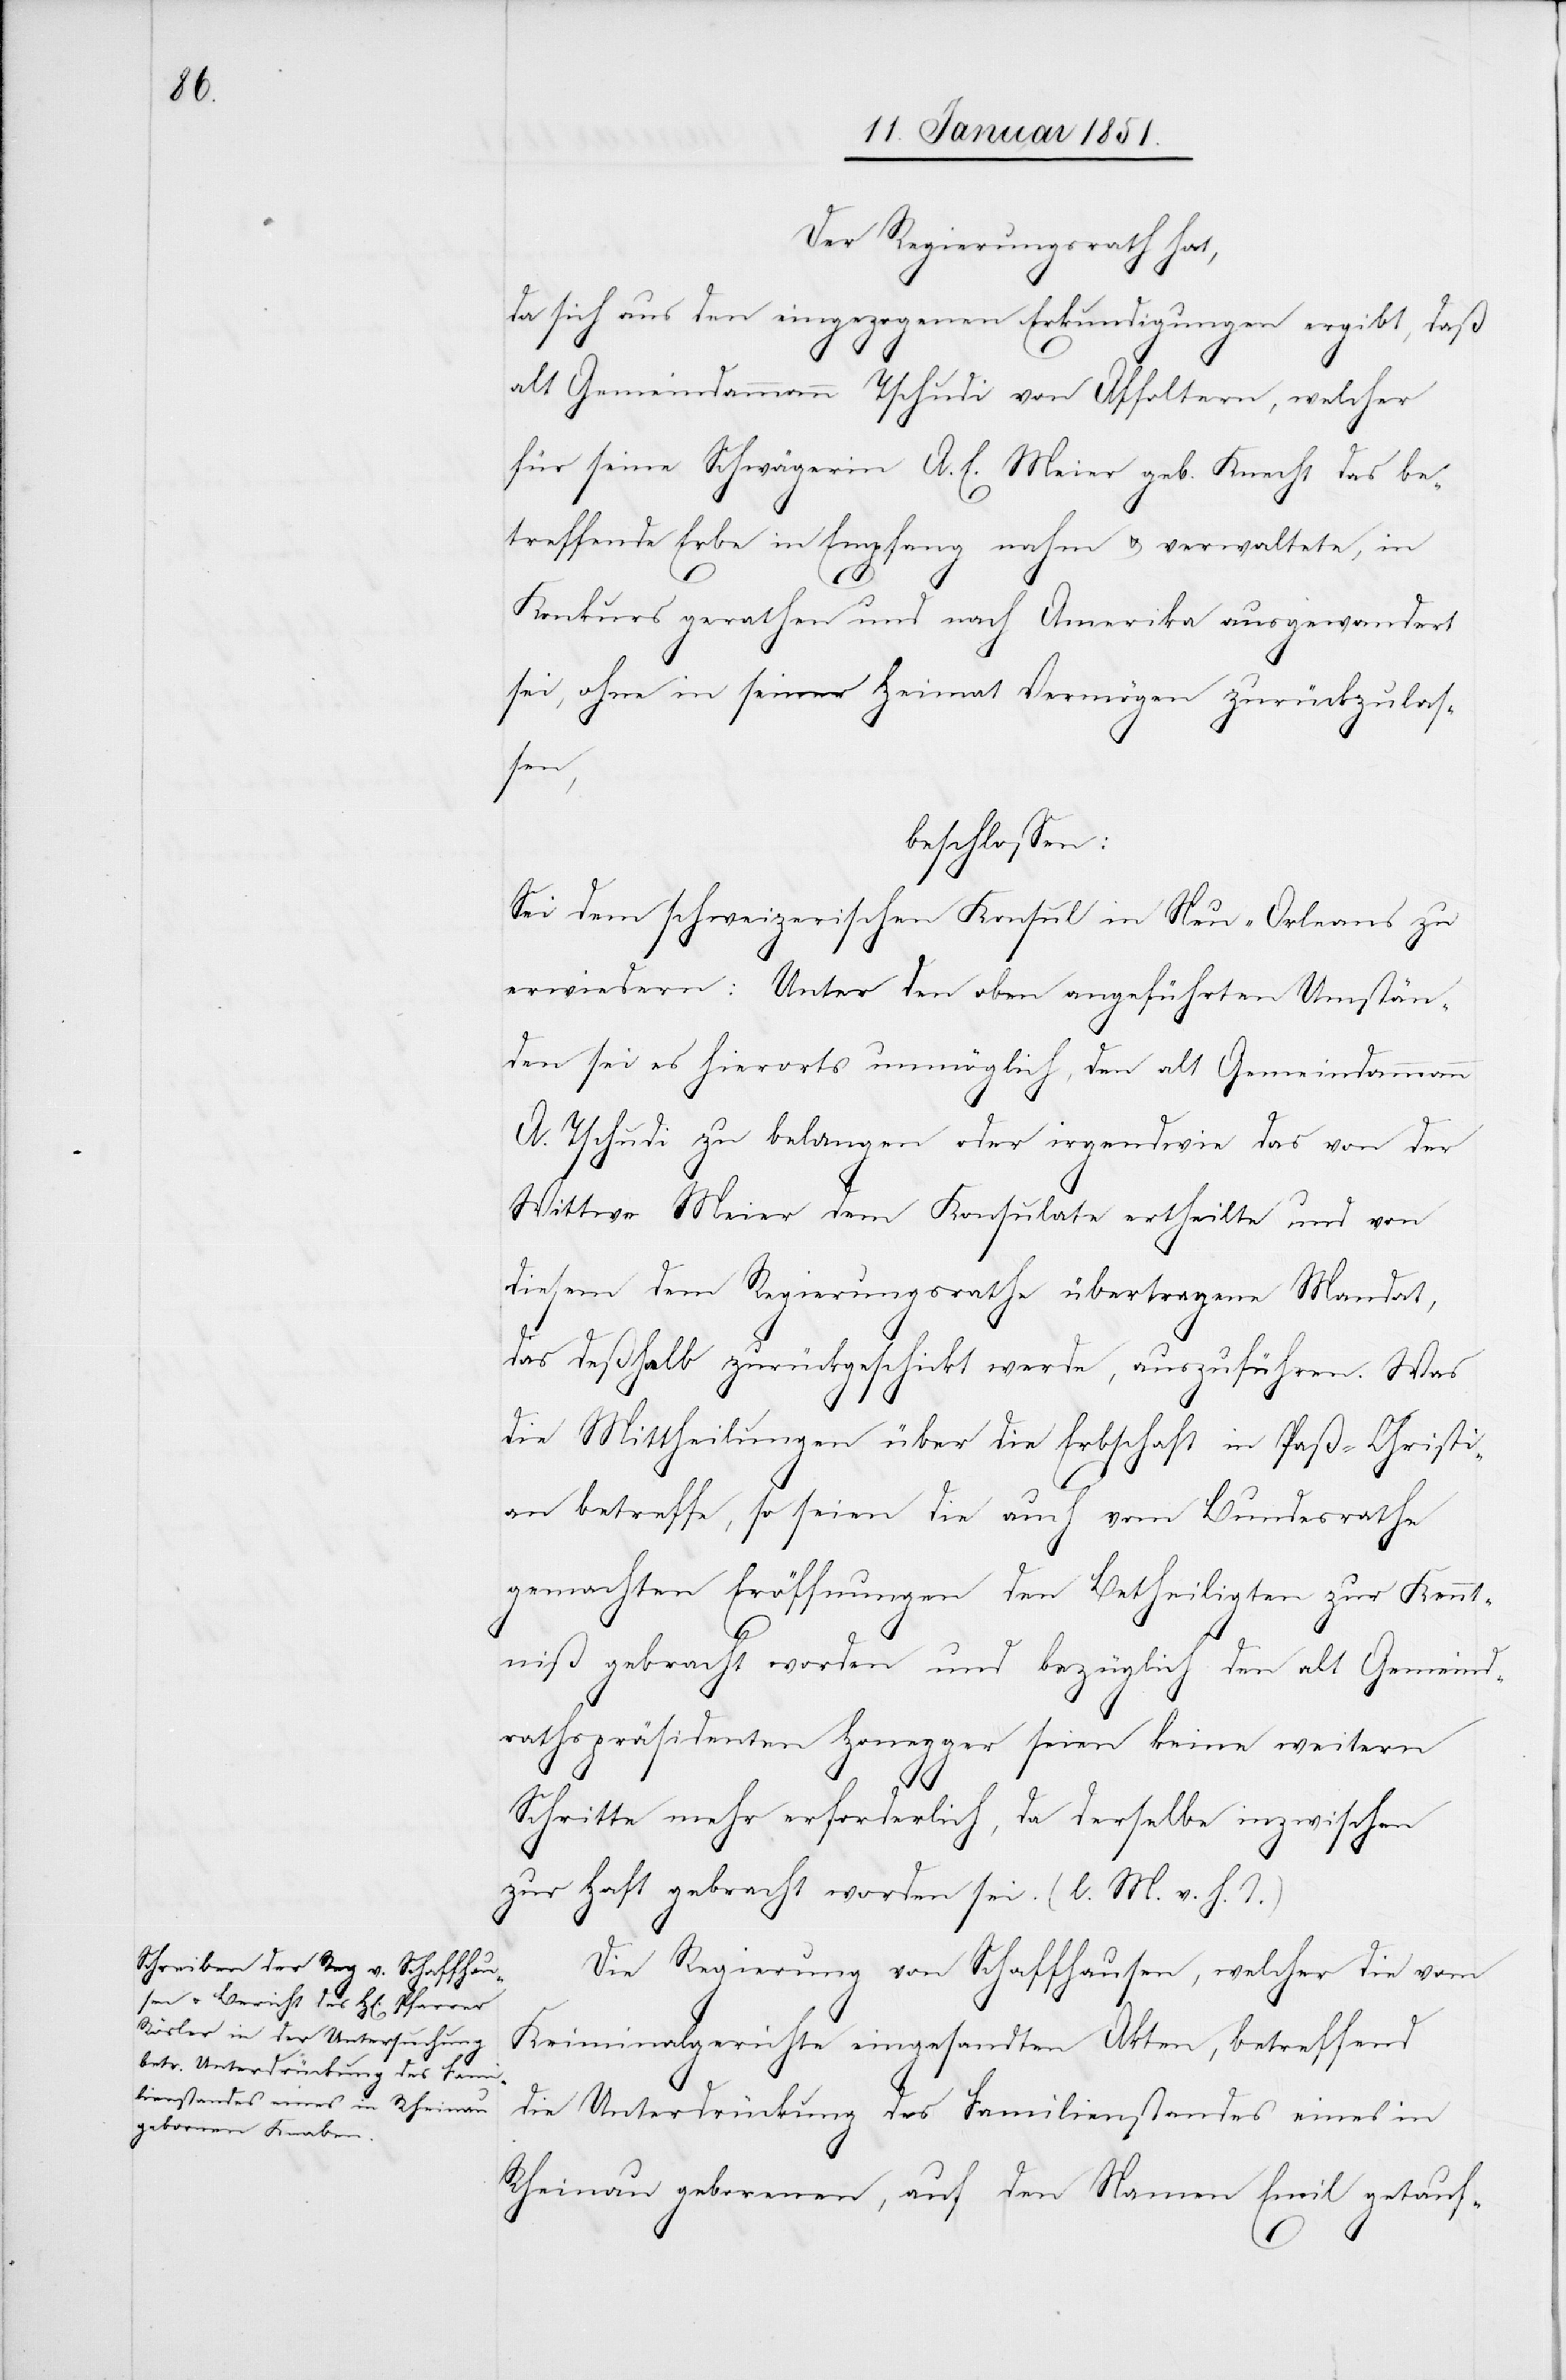
Der Regierungsrath hat,
da sich aus den eingezogenen Erkundigungen ergibt, daß
alt Gemeindammann Tschudi von Affoltern, welcher
für seine Schwägerin A. E. Meier geb. Knecht das be¬
treffende Erbe in Empfang nahm u. verwaltete, in
Konkurs gerathen und nach Amerika ausgewandert
sei, ohne in seiner Heimat Vermögen zurückzulas¬
sen,
beschlossen:
Sei dem schweizerischen Konsul in Neu-Orleans zu
erwiedern: Unter den oben angeführten Umstän¬
den sei es hierorts unmöglich, den alt Gemeindammann
A. Tschudi zu belangen oder irgendwie das von der
Wittwe Meier dem Konsulate ertheilte und von
diesem dem Regierungsrathe übertragene Mandat,
das deßhalb zurückgeschickt werde, auszuführen. Was
die Mittheilungen über die Erbschaft in Paß-Christi¬
an betreffe, so seien die auch vom Bundesrathe
gemachten Eröffnungen den Betheiligten zur Kennt¬
niß gebracht worden und bezüglich den alt Gemeind¬
rathspräsidenten Honegger seien keine weitern
Schritte mehr erforderlich, da derselbe inzwischen
zur Haft gebracht worden sei. (l. M. v. h. T)
Die Regierung von Schaffhausen, welcher die vom
Kriminalgerichte eingesandten Akten, betreffend
die Unterdrückung des Familienstandes eines in
Rheinau geborenen, auf den Namen Emil getauf-